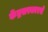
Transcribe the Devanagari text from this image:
केंद्रसरकारचे